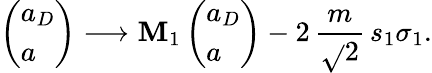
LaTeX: \left(\begin{array}{l}{{a_{D}}}\\ {{a}}\end{array}\right)\longrightarrow\mathbf{M}_{1}\left(\begin{array}{l}{{a_{D}}}\\ {{a}}\end{array}\right)-2\, {\frac{{m}}{{\sqrt{}{{2}}}}}\, s_{1}\sigma_{1}.